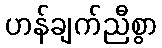
ဟန်ချက်ညီစွာ